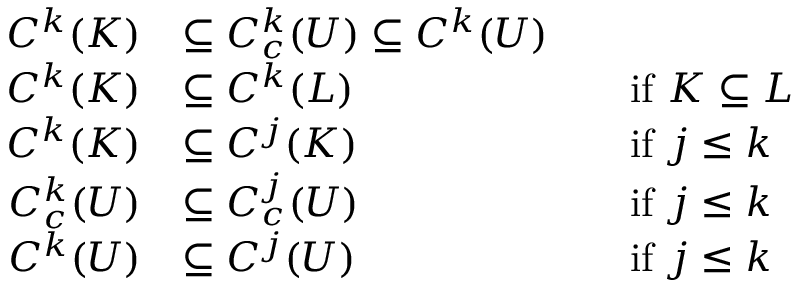
{ \begin{array} { r l r l } { C ^ { k } ( K ) } & { \subseteq C _ { c } ^ { k } ( U ) \subseteq C ^ { k } ( U ) } \\ { C ^ { k } ( K ) } & { \subseteq C ^ { k } ( L ) } & & { { \mathrm { i f ~ } } K \subseteq L } \\ { C ^ { k } ( K ) } & { \subseteq C ^ { j } ( K ) } & & { { \mathrm { i f ~ } } j \leq k } \\ { C _ { c } ^ { k } ( U ) } & { \subseteq C _ { c } ^ { j } ( U ) } & & { { \mathrm { i f ~ } } j \leq k } \\ { C ^ { k } ( U ) } & { \subseteq C ^ { j } ( U ) } & & { { \mathrm { i f ~ } } j \leq k } \end{array} }